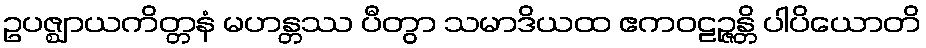
ဥပဇ္ဈာယကိတ္တနံ မဟန္တဿ ပီတွာ သမာဒိယထ ဧကဝဠဉ္ဇန္တိ ပါပိယောတိ